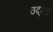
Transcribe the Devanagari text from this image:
उद्‌भट